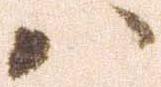
ハ